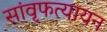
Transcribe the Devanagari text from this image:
सांवृफत्यायन